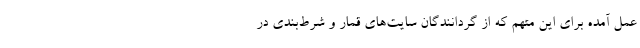
عمل آمده برای این متهم که از گردانندگان سایت‌های قمار و شرط‌بندی در